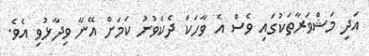
އަދި މަޝްވަރާތަކުގައި ވެސް އެ ވާހަކަ ދެކެވުނު ކަމަށް އޭނާ ވިދާޅުވި އެވެ.